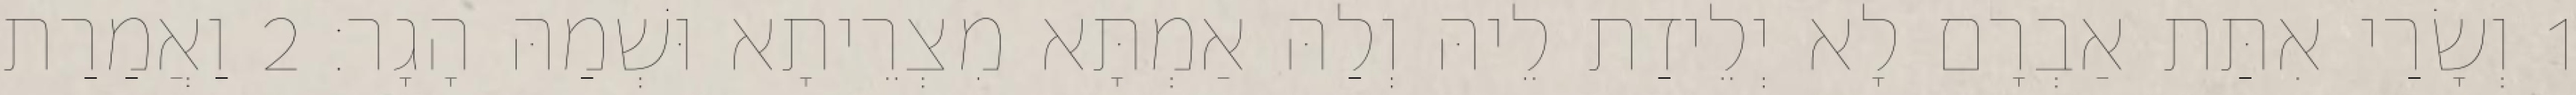
1 וְשָׂרַי אִתַּת אַבְרָם לָא יְלֵידַת לֵיהּ וְלַהּ אַמְתָּא מִצְרֵיתָא וּשְׁמַהּ הָגָר׃ 2 וַאֲמַרַת